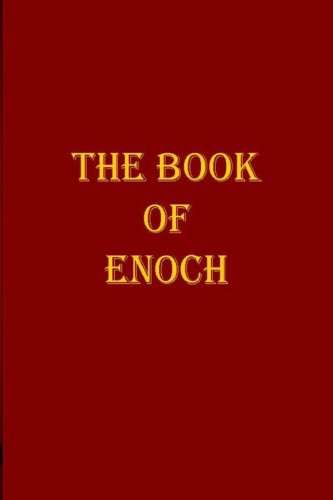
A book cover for The Book of Enoch; R H Charles; Religion & Spirituality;